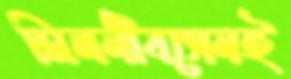
মিলনীবসেনই